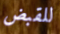
للقبض